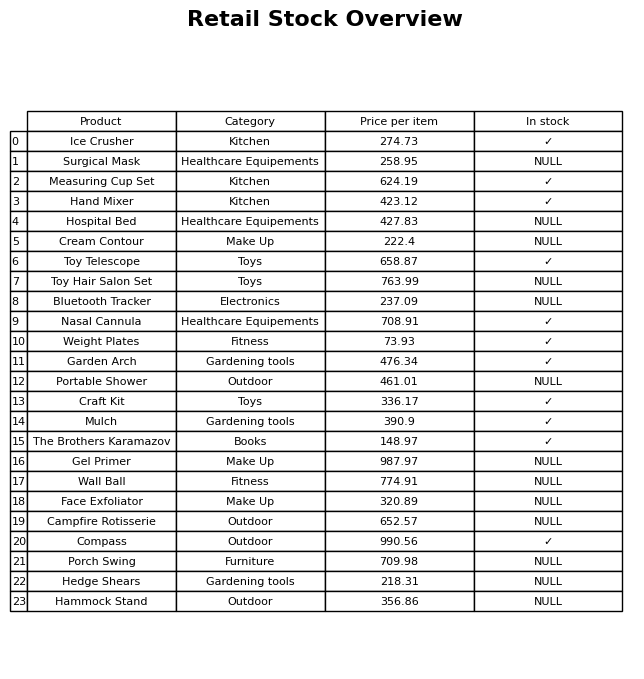
question: What is the stock status of the Gel Primer?
answer: NULL